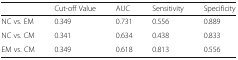
<table><thead><tr><td></td><td><b>Cut-off Value</b></td><td><b>AUC</b></td><td><b>Sensitivity</b></td><td><b>Specificity</b></td></tr></thead><tbody><tr><td>NC vs. EM</td><td>0.349</td><td>0.731</td><td>0.556</td><td>0.889</td></tr><tr><td>NC vs. CM</td><td>0.341</td><td>0.634</td><td>0.438</td><td>0.833</td></tr><tr><td>EM vs. CM</td><td>0.349</td><td>0.618</td><td>0.813</td><td>0.556</td></tr></tbody></table>